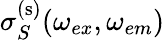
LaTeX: \sigma_{S}^{\mathrm{(s)}}(\omega_{ex},\omega_{em})